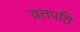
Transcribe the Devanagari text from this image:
व्रतपति